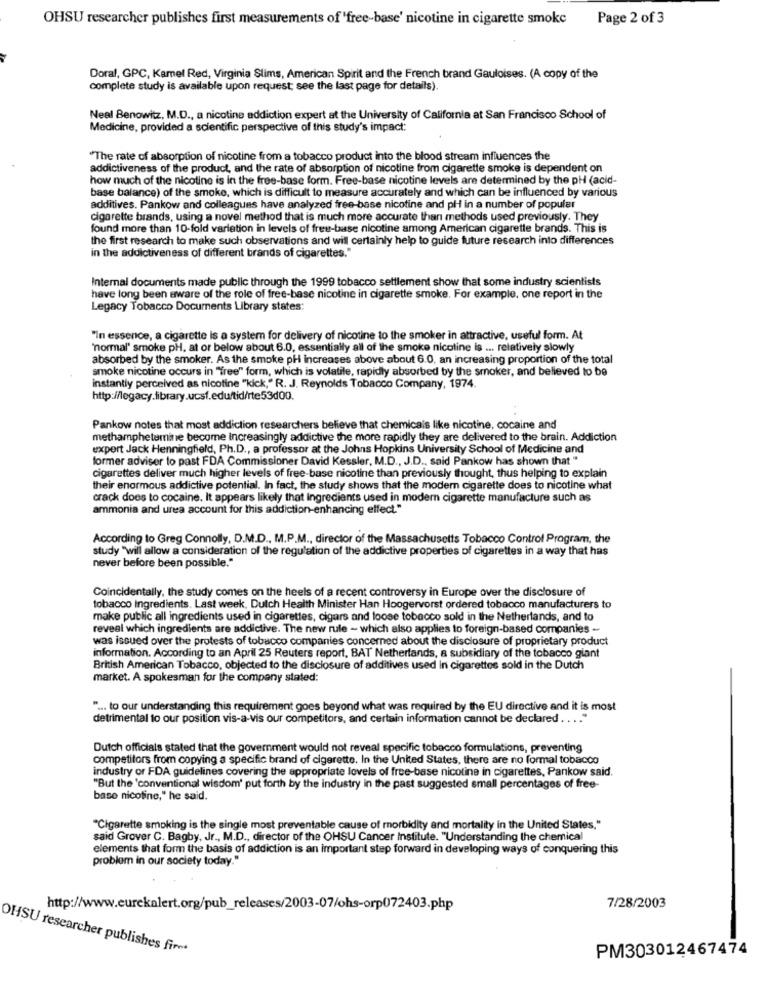
OHSU researcher publishes first measurements of 'free-base' nicotine in cigarette smoke Page 2 of 3
Doral, GPC, Kamel Red, Virginia Slims, American Spirit and the French brand Gauloises. (A copy of the
complete study is available upon request; see the last page for details).
Neal Benowitz, M.D ., a nicotine addiction expert at the University of California at San Francisco School of
Medicine, provided a scientific perspective of this study's impact:
"The rate of absorption of nicotine from a tobacco product into the blood stream influences the
addictiveness of the product, and the rate of absorption of nicotine from cigarette smoke is dependent on
how much of the nicotine is in the free-base form. Free-base nicotine levels are determined by the pH (acid-
base balance) of the smoke, which is difficult to measure accurately and which can be influenced by various
additives. Pankow and colleagues have analyzed free-base nicotine and pH in a number of popular
cigarette brands, using a novel method that is much more accurate than methods used previously. They
found more than 10-fold variation in levels of free-base nicotine among American cigarette brands. This is
the first research to make such observations and will certainly help to guide future research into differences
in the addictiveness of different brands of cigarettes."
Internal documents made public through the 1999 tobacco settlement show that some industry scientists
have long been aware of the role of free-base nicotine in cigarette smoke. For example, one report in the
Legacy Tobacco Documents Library states:
"In essence, a cigarette is a system for delivery of nicotine to the smoker in attractive, useful form. At
'normal' smoke pH, at or below about 6.0, essentially all of the smoke nicotine is ... relatively slowly
absorbed by the smoker. As the smoke pH increases above about 6.0, an increasing proportion of the total
smoke nicotine occurs in "free" form, which is volatile, rapidly absorbed by the smoker, and believed to be
instantly perceived as nicotine "kick," R. J. Reynolds Tobacco Company, 1974.
http://legacy.library.ucsf.edu/tid/rte53d00.
Pankow notes that most addiction researchers believe that chemicals like nicotine, cocaine and
methamphetamine become increasingly addictive the more rapidly they are delivered to the brain. Addiction
expert Jack Henningfield, Ph.D ., a professor at the Johns Hopkins University School of Medicine and
former adviser to past FDA Commissioner David Kessler, M.D ., J.D ., said Pankow has shown that "
cigarettes deliver much higher levels of free-base nicotine than previously thought, thus helping to explain
their enormous addictive potential. In fact, the study shows that the modern cigarette does to nicotine what
crack does to cocaine. It appears likely that Ingredients used in modern cigarette manufacture such as
ammonia and urea account for this addiction-enhancing effect."
According to Greg Connolly, D.M.D ., M.P.M ., director of the Massachusetts Tobacco Control Program, the
study "will allow a consideration of the regulation of the addictive properties of cigarettes in a way that has
never before been possible."
Coincidentally, the study comes on the heels of a recent controversy in Europe over the disclosure of
tobacco Ingredients. Last week, Dutch Health Minister Han Hoogervorst ordered tobacco manufacturers to
make public all ingredients used in cigarettes, cigars and loose tobacco sold in the Netherlands, and to
reveal which ingredients are addictive. The new rule - which also applies to foreign-based companies -
was issued over the protests of tobacco companies concerned about the disclosure of proprietary product
information. According to an April 25 Reuters report, BAT Netherlands, a subsidiary of the tobacco giant
British American Tobacco, objected to the disclosure of additives used In cigarettes sold in the Dutch
market. A spokesman for the company stated:
" ... to our understanding this requirement goes beyond what was required by the EU directive and it is most
detrimental to our position vis-a-vis our competitors, and certain information cannot be declared . . ..
Dutch officials stated that the government would not reveal specific tobacco formulations, preventing
competitors from copying a specific brand of cigarette. In the United States, there are no formal tobacco
industry or FDA guidelines covering the appropriate levels of free-base nicotine in cigarettes, Pankow said.
"But the 'conventional wisdom' put forth by the industry in the past suggested small percentages of free-
base nicotine," he said.
"Cigarette smoking is the single most preventable cause of morbidity and mortality in the United States."
said Grover C. Bagby, Jr ., M.D ., director of the OHSU Cancer Institute. "Understanding the chemical
elements that form the basis of addiction is an important step forward in developing ways of conquering this
problem in our society today."
http://www.eurekalert.org/pub_releases/2003-07/ohs-orp072403.php
7/28/2003
OHSU researcher publishes fire*
PM303012467474